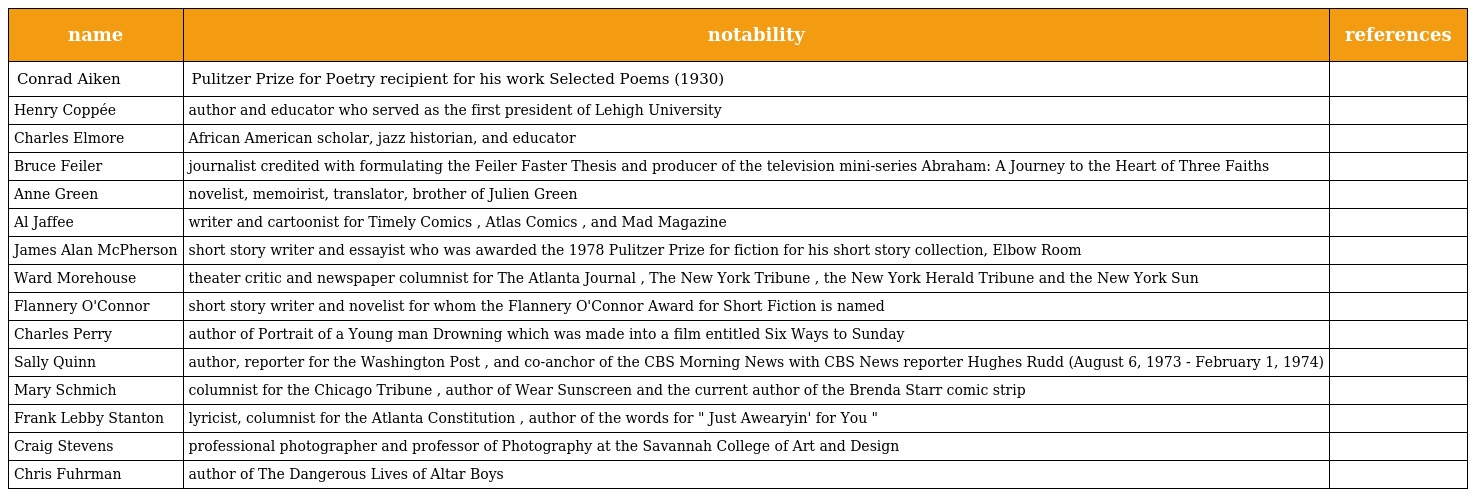
| name | notability | references |
 | --- | --- | --- |
 | Conrad Aiken | Pulitzer Prize for Poetry recipient for his work Selected Poems (1930) |  |
 | Henry Coppée | author and educator who served as the first president of Lehigh University |  |
 | Charles Elmore | African American scholar, jazz historian, and educator |  |
 | Bruce Feiler | journalist credited with formulating the Feiler Faster Thesis and producer of the television mini-series Abraham: A Journey to the Heart of Three Faiths |  |
 | Anne Green | novelist, memoirist, translator, brother of Julien Green |  |
 | Al Jaffee | writer and cartoonist for Timely Comics , Atlas Comics , and Mad Magazine |  |
 | James Alan McPherson | short story writer and essayist who was awarded the 1978 Pulitzer Prize for fiction for his short story collection, Elbow Room |  |
 | Ward Morehouse | theater critic and newspaper columnist for The Atlanta Journal , The New York Tribune , the New York Herald Tribune and the New York Sun |  |
 | Flannery O'Connor | short story writer and novelist for whom the Flannery O'Connor Award for Short Fiction is named |  |
 | Charles Perry | author of Portrait of a Young man Drowning which was made into a film entitled Six Ways to Sunday |  |
 | Sally Quinn | author, reporter for the Washington Post , and co-anchor of the CBS Morning News with CBS News reporter Hughes Rudd (August 6, 1973 - February 1, 1974) |  |
 | Mary Schmich | columnist for the Chicago Tribune , author of Wear Sunscreen and the current author of the Brenda Starr comic strip |  |
 | Frank Lebby Stanton | lyricist, columnist for the Atlanta Constitution , author of the words for " Just Awearyin' for You " |  |
 | Craig Stevens | professional photographer and professor of Photography at the Savannah College of Art and Design |  |
 | Chris Fuhrman | author of The Dangerous Lives of Altar Boys |  |